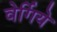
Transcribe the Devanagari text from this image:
वेर्गिये